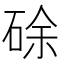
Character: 硢